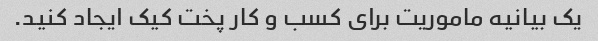
یک بیانیه ماموریت برای کسب و کار پخت کیک ایجاد کنید.